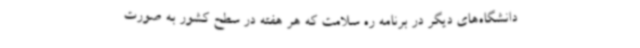
دانشگاه‌های دیگر در برنامه ره سلامت که هر هفته در سطح کشور به صورت